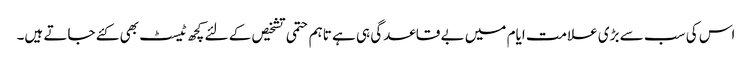
اس کی سب سے بڑی علامت ایام میں بے قاعدگی ہی ہے تاہم حتمی تشخیص کے لئے کچھ ٹیسٹ بھی کئے جاتے ہیں۔